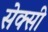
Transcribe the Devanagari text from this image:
सेक्‍सी